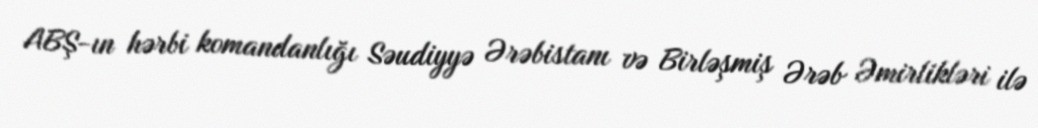
ABŞ-ın hərbi komandanlığı Səudiyyə Ərəbistanı və Birləşmiş Ərəb Əmirlikləri ilə